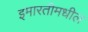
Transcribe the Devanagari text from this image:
इमारतीमधील